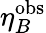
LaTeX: \eta_{B}^{\mathrm{obs}}